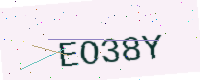
Text: EO38Y